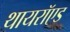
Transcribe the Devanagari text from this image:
थायरॉएड